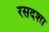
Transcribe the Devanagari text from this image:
रसदशा